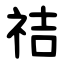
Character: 祮